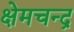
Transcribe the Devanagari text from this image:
क्षेमचन्‍द्र